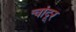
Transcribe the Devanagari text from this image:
चांदूर